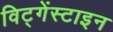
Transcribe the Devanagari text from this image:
विट्गेंस्टाइन